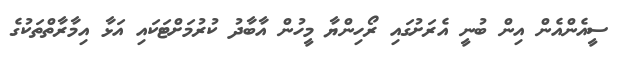
ސީއެންއެން އިން ބުނީ އެރަށުގައި ރޯހިންޔާ މީހުން އާބާދު ކުރުމަށްޓަކައި އަޅާ އިމާރާތްތަކުގެ